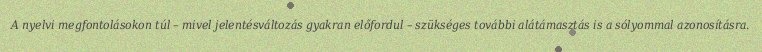
A nyelvi megfontolásokon túl – mivel jelentésváltozás gyakran előfordul – szükséges további alátámasztás is a sólyommal azonosításra.